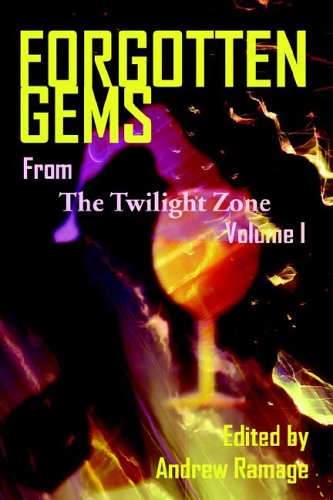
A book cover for Forgotten Gems From The Twilight Zone: A Collection Of Television Scripts Volume 1; Andrew Ramage; Science Fiction & Fantasy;